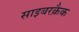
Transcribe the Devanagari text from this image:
साइबरक्रैक